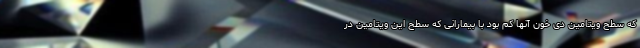
که سطح ویتامین دی خون آنها کم بود با بیمارانی که سطح این ویتامین در